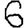
Digit: 6